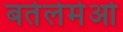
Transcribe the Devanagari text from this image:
बर्तेलेमेओ